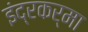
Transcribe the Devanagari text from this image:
इंद्रकर्मा